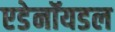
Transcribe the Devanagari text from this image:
एडेनॉयडल